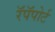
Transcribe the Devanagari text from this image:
रॅपॅपोर्ट